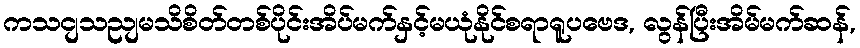
ကသငျသညျမသိစိတ်တစ်ပိုင်းအိပ်မက်နှင့်မယုံနိုင်စရာရူပဗေဒ, လွန်ပြီးအိမ်မက်ဆန်,